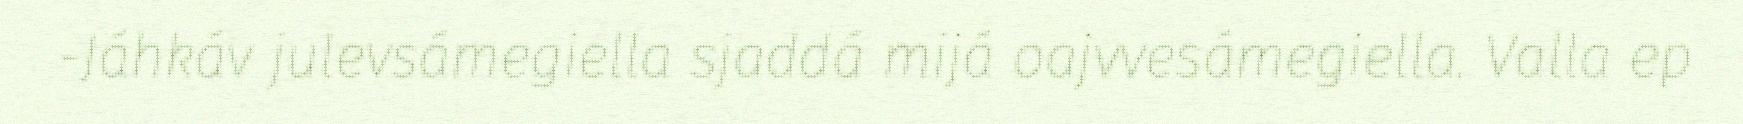
-Jáhkáv julevsámegiella sjaddá mijá oajvvesámegiella. Valla ep